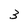
Character: 3